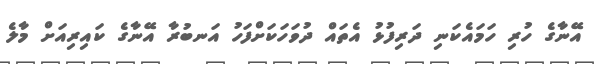
އޭނާގެ ހުރި ހަމައެކަނި ދަރިފުޅު އެތައް ދުވަހަކަށްފަހު އަނބުރާ އޭނާގެ ކައިރިއަށް މާލެ